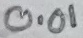
Text: 0.01